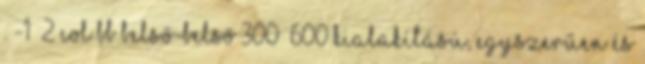
. -1 2 col BB belső-belső 300 600 kialakítású, egyszerűen és